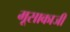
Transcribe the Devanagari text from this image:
मूसाकाजी